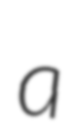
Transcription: a